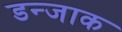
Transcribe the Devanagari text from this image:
डन्जाक